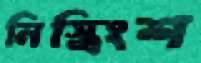
নিস্ত্রিংশ